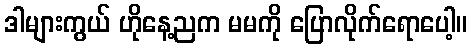
ဒါများကွယ် ဟိုနေ့ညက မမကို ပြောလိုက်ရောပေါ့။